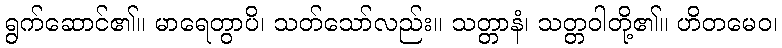
ရွက်ဆောင်၏။ မာရေတွာပိ၊ သတ်သော်လည်း။ သတ္တာနံ၊ သတ္တဝါတို့၏။ ဟိတမေဝ၊